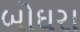
બોઘરા